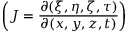
\bigg ( J = \frac { \partial ( \xi , \eta , \zeta , \tau ) } { \partial ( x , y , z , t ) } \bigg )